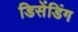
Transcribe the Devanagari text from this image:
डिसेंडिंग